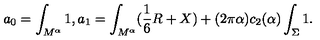
a _ { 0 } = \int _ { M ^ { \alpha } } 1 , a _ { 1 } = \int _ { M ^ { \alpha } } ( { \frac { 1 } { 6 } } R + X ) + ( 2 \pi \alpha ) c _ { 2 } ( \alpha ) \int _ { \Sigma } 1 .